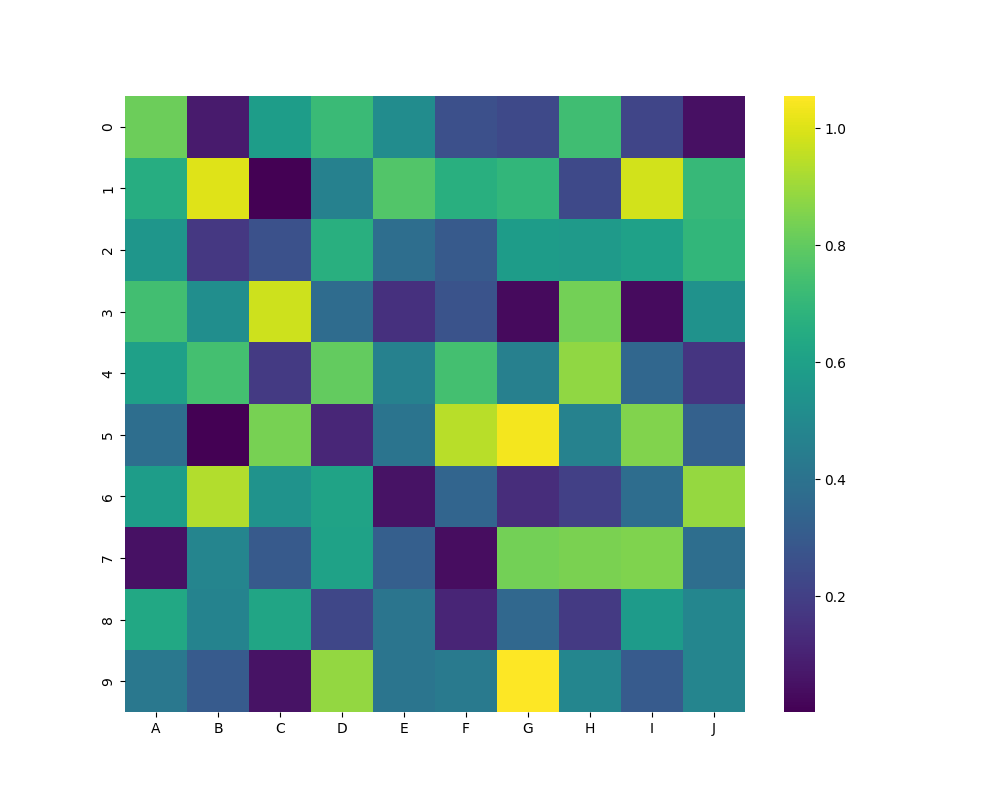
python, seaborn, heatmap, cmap='viridis', linewidths=0.0, center=none